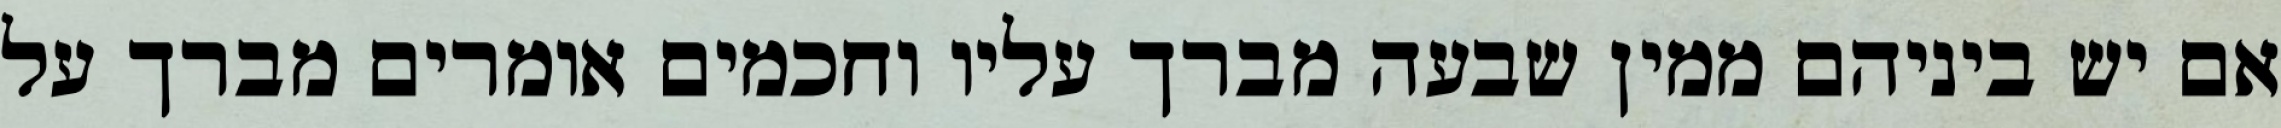
אם יש ביניהם ממין שבעה מברך עליו וחכמים אומרים מברך על